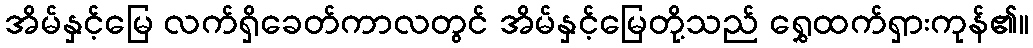
အိမ်နှင့်မြေ လက်ရှိခေတ်ကာလတွင် အိမ်နှင့်မြေတို့သည် ရွှေထက်ရှားကုန်၏။